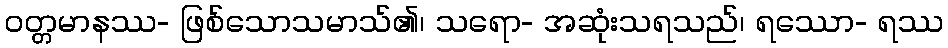
ဝတ္တမာနဿ- ဖြစ်သောသမာသ်၏၊ သရော- အဆုံးသရသည်၊ ရဿော- ရဿ